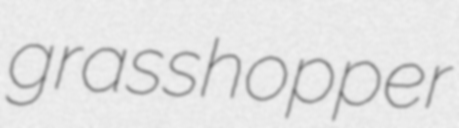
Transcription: grasshopper